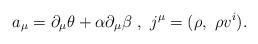
LaTeX: \begin{align*}a_\mu =\partial _\mu \theta +\alpha \partial _\mu \beta ~,~j^\mu =(\rho ,~\rho v^i) .\end{align*}